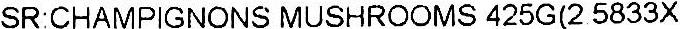
SR:CHAMPIGNONS MUSHROOMS 425G(2 5833X